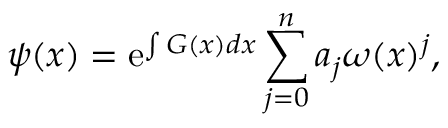
\psi ( x ) = \mathrm { e } ^ { \int G ( x ) d x } \sum _ { j = 0 } ^ { n } a _ { j } \omega ( x ) ^ { j } ,